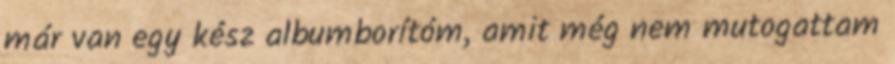
már van egy kész albumborítóm, amit még nem mutogattam